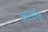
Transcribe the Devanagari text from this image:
कलाँग